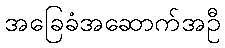
အခြေခံအဆောက်အဦ